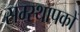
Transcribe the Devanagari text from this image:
सम्स्थापकों